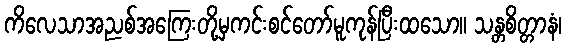
ကိလေသာအညစ်အကြေးတို့မှကင်းစင်တော်မူကုန်ပြီးထသော။ သန္တစိတ္တာနံ၊